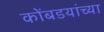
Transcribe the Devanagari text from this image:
कोंबडयांच्या